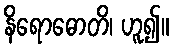
နိရောဓောတိ၊ ဟူ၍။